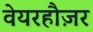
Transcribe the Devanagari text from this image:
वेयरहौज़र